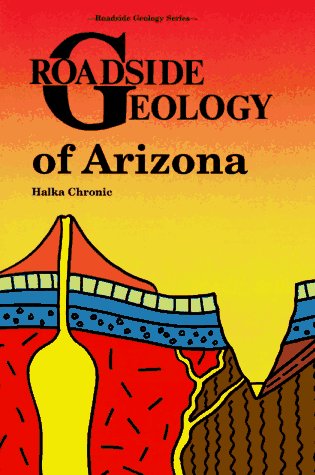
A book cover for Roadside Geology of Arizona; Halka Chronic; Science & Math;